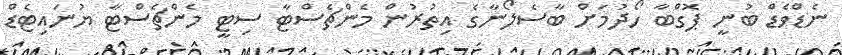
ނެޑްވެޑް ބުނީ ޕޮގްބާ ހޯދުމަށް ބާސެލޯނާގެ އިތުރުން މެންޗެސްޓާ ސިޓީ މެންޗެސްޓާ ޔުނައިޓެޑް